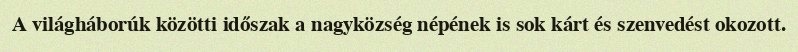
A világháborúk közötti időszak a nagyközség népének is sok kárt és szenvedést okozott.